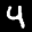
Label: 4